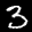
Label: 3